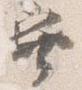
巽